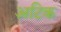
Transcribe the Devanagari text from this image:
अटिक